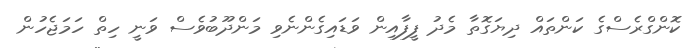
ކޮންގްރެސްގެ ކަންތައް ދިޔަގޮތާ މެދު ފީފާއިން ވަޑައިގެންނެވި މަންދޫބުވެސް ވަނީ ހިތް ހަމަޖެހުން